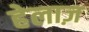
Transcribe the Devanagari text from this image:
हेलाज़